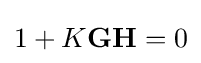
{1+K{\textbf {G}}{\textbf {H}}}=0